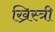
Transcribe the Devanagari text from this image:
ख्रिस्त्री